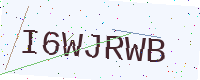
Text: I6WJRWB